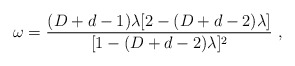
\begin{align*}\omega = {(D+d-1)\lambda[2-(D+d-2)\lambda] \over [1-(D+d-2)\lambda]^2} \ ,\end{align*}